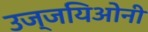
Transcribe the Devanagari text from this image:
उज्जयिओनी